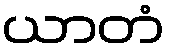
ယာတံ